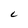
Character: C